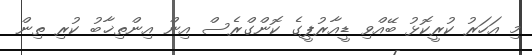
މި އަހަރު ކުރީކޮޅު ބޭއްވި ޑީއާރުޕީގެ ކޮންގްރެސް އިން އިންތިޚާބު ކުރި ތިން